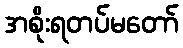
အစိုးရတပ်မတော်